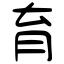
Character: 育